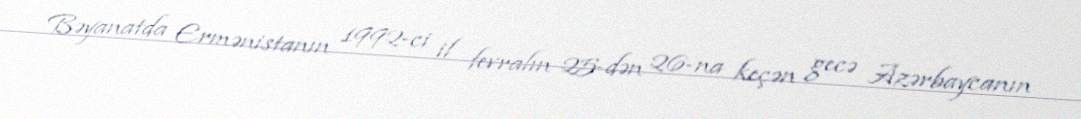
Bəyanatda Ermənistanın 1992-ci il fevralın 25-dən 26-na keçən gecə Azərbaycanın